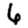
Digit: 6